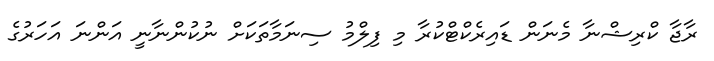
ރާޖާ ކްރިޝްނާ މެނަން ޑައިރެކްޓްކުރާ މި ފިލްމު ސިނަމާތަކަށް ނުކުންނާނީ އަންނަ އަހަރުގެ